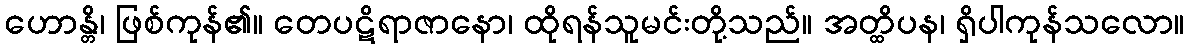
ဟောန္တိ၊ ဖြစ်ကုန်၏။ တေပဋိရာဇာနော၊ ထိုရန်သူမင်းတို့သည်။ အတ္ထိပန၊ ရှိပါကုန်သလော။